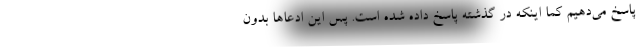
پاسخ می‌دهیم کما اینکه در گذشته پاسخ داده شده است. پس این ادعاها بدون